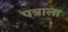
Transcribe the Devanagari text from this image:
पत्राला